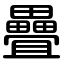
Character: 疊